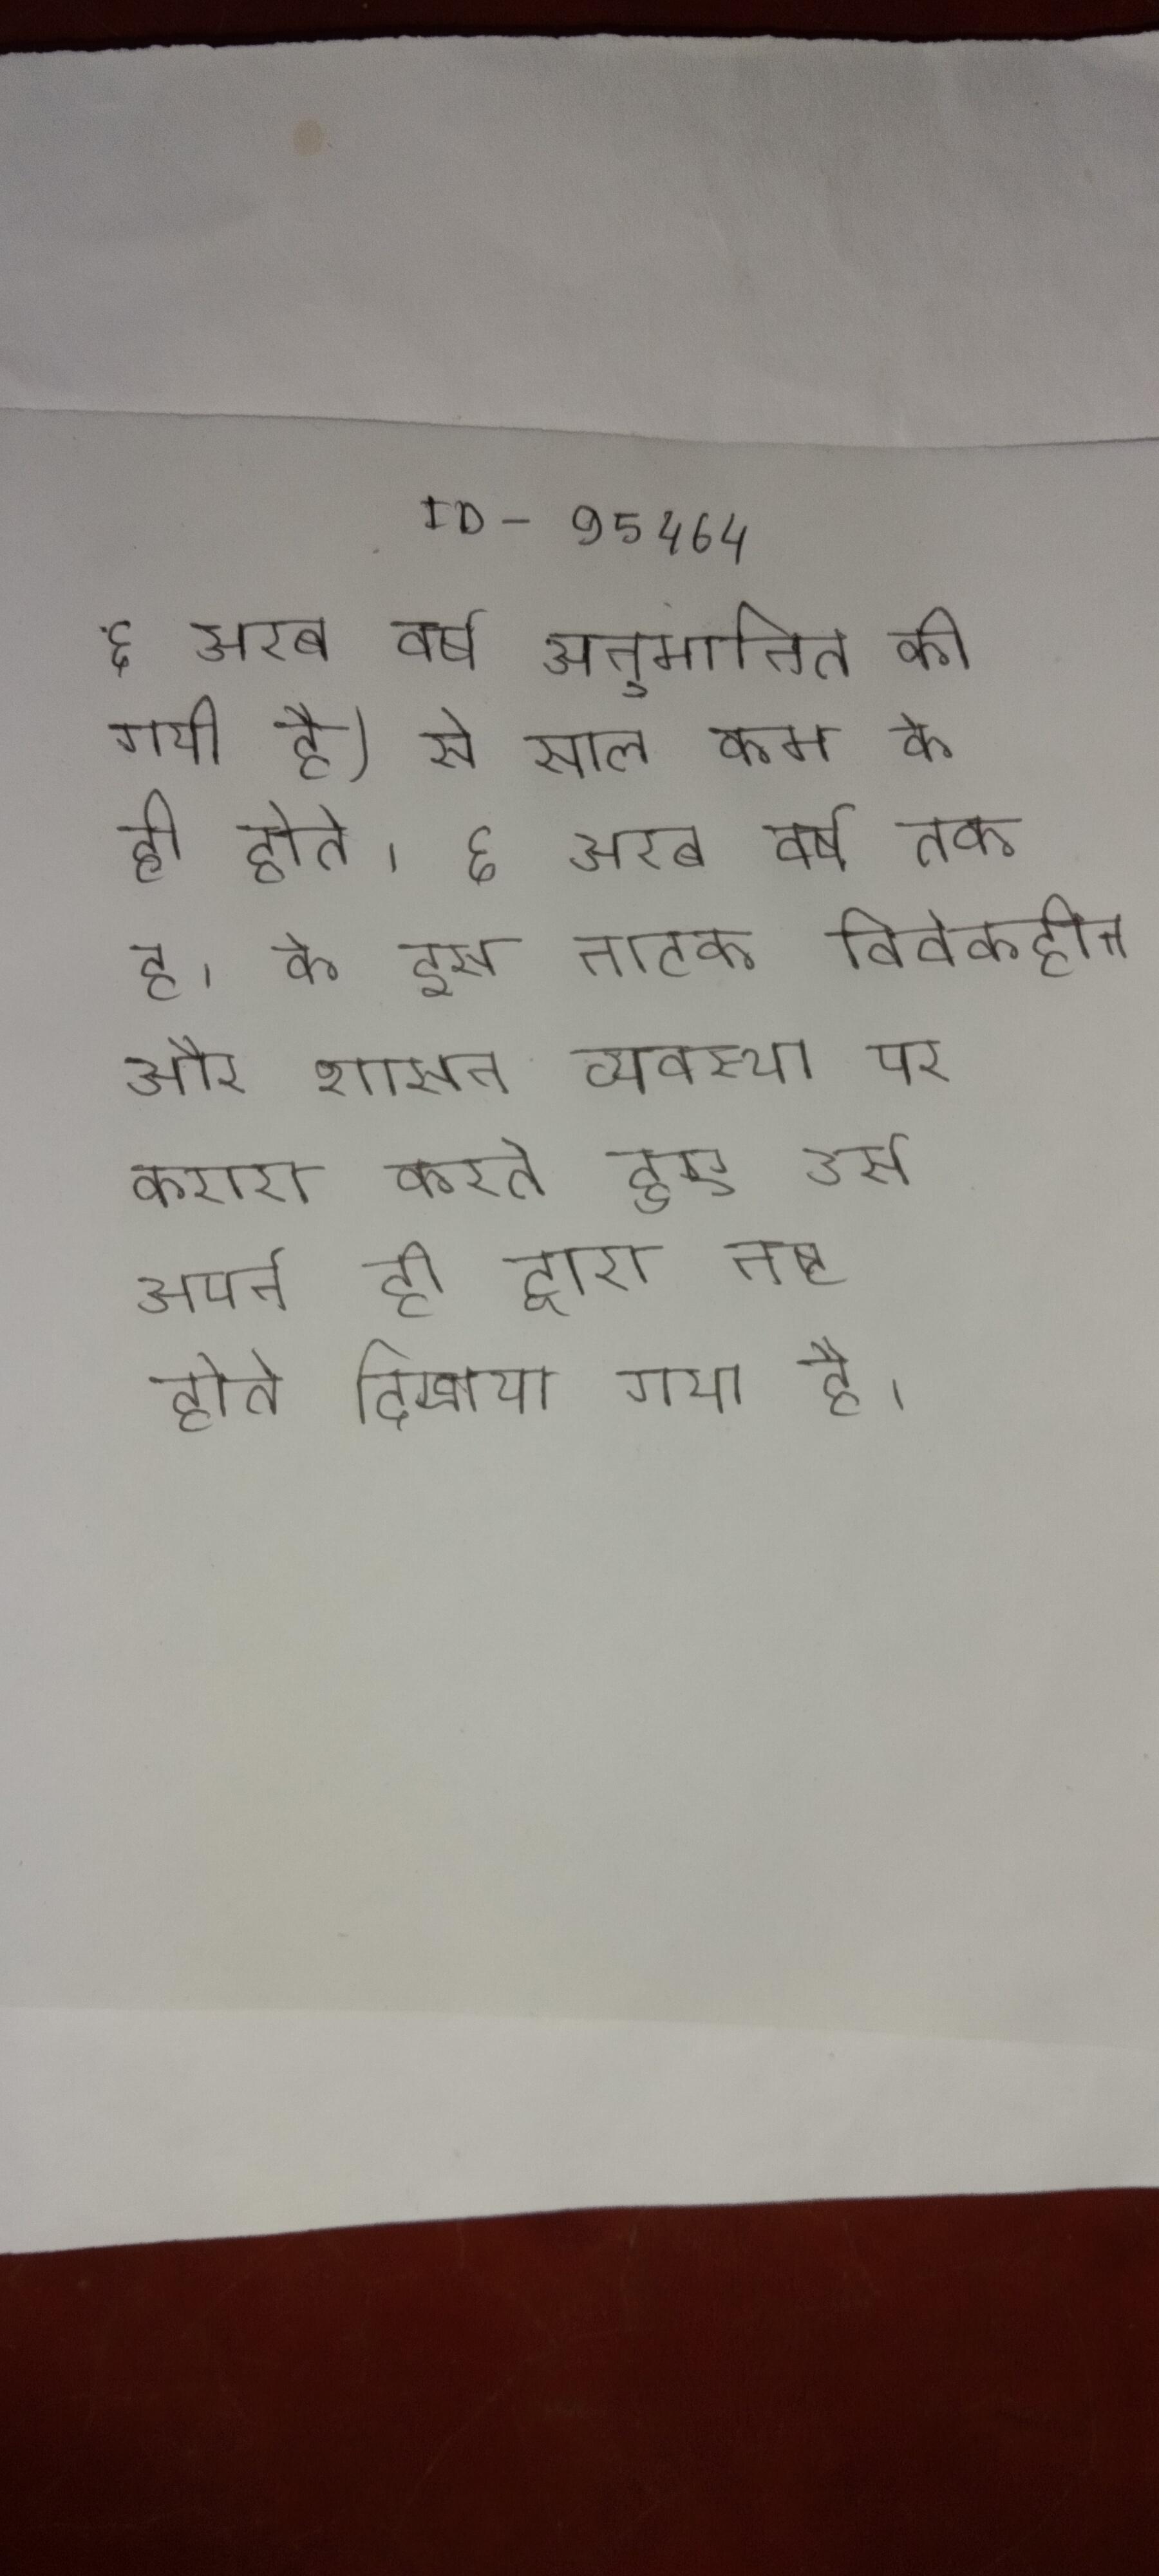
६ अरब वर्ष अनुमानित की गयी है) से साल कम के ही होते । ६ अरब वर्ष तक है । के इस नाटक विवेकहीन और शासन व्यवस्था पर करारा करते हुए उसे अपने ही द्वारा नष्ट होते दिखाया गया है ।